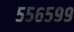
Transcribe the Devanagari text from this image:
५५६५९९